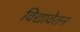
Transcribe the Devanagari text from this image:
विद्यावेतन